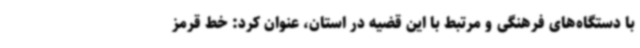
با دستگاه‌های فرهنگی و مرتبط با این قضیه در استان، عنوان کرد: خط قرمز